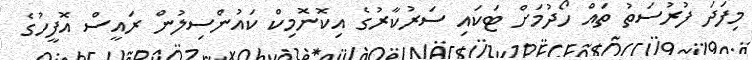
މިފަދަ ފުރުސަތު ތައް ހޯދުމަށް ޓަކައި ސަރުކާރުގެ އިކޮނޮމިކް ކައުންސިލުން ރައީސް އޮފީހުގެ